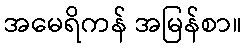
အမေရိကန် အမြန်စာ။